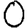
Digit: 0